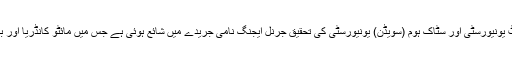
اس سلسلہ میں لومانوسف ماسکو سٹیٹ یونیورسٹی اور سٹاک ہوم (سویڈن) یونیورسٹی کی تحقیق جرنل ایجنگ نامی جریدے میں شائع ہوئی ہے جس میں مائٹو کانڈریا اور بڑھاپے کے تعلق کا ثابت کیا گیا ہے۔